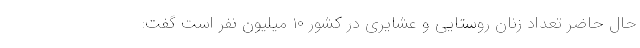
حال حاضر تعداد زنان روستایی و عشایری در کشور ۱۰ میلیون نفر است گفت: